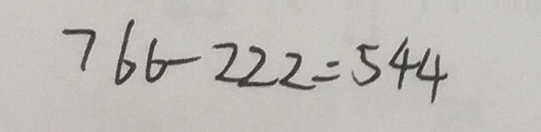
7 6 6 - 2 2 2 = 5 4 4